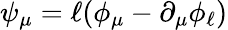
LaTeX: \psi_{\mu}=\ell(\phi_{\mu}-\partial_{\mu}\phi_{\ell})